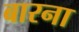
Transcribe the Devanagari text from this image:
बारना